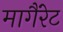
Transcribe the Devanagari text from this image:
मागैंरेट